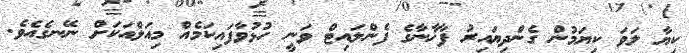
ކިޔާ ލަވަ ކިޔަމުން ގެންދިޔައިރު ފާޚާނާގެ ފެންލައިޓް ވަނީ ހުޅުވާފައިކަމެއް މިއަލްއަކަށް ނޭނގެއެވެ.